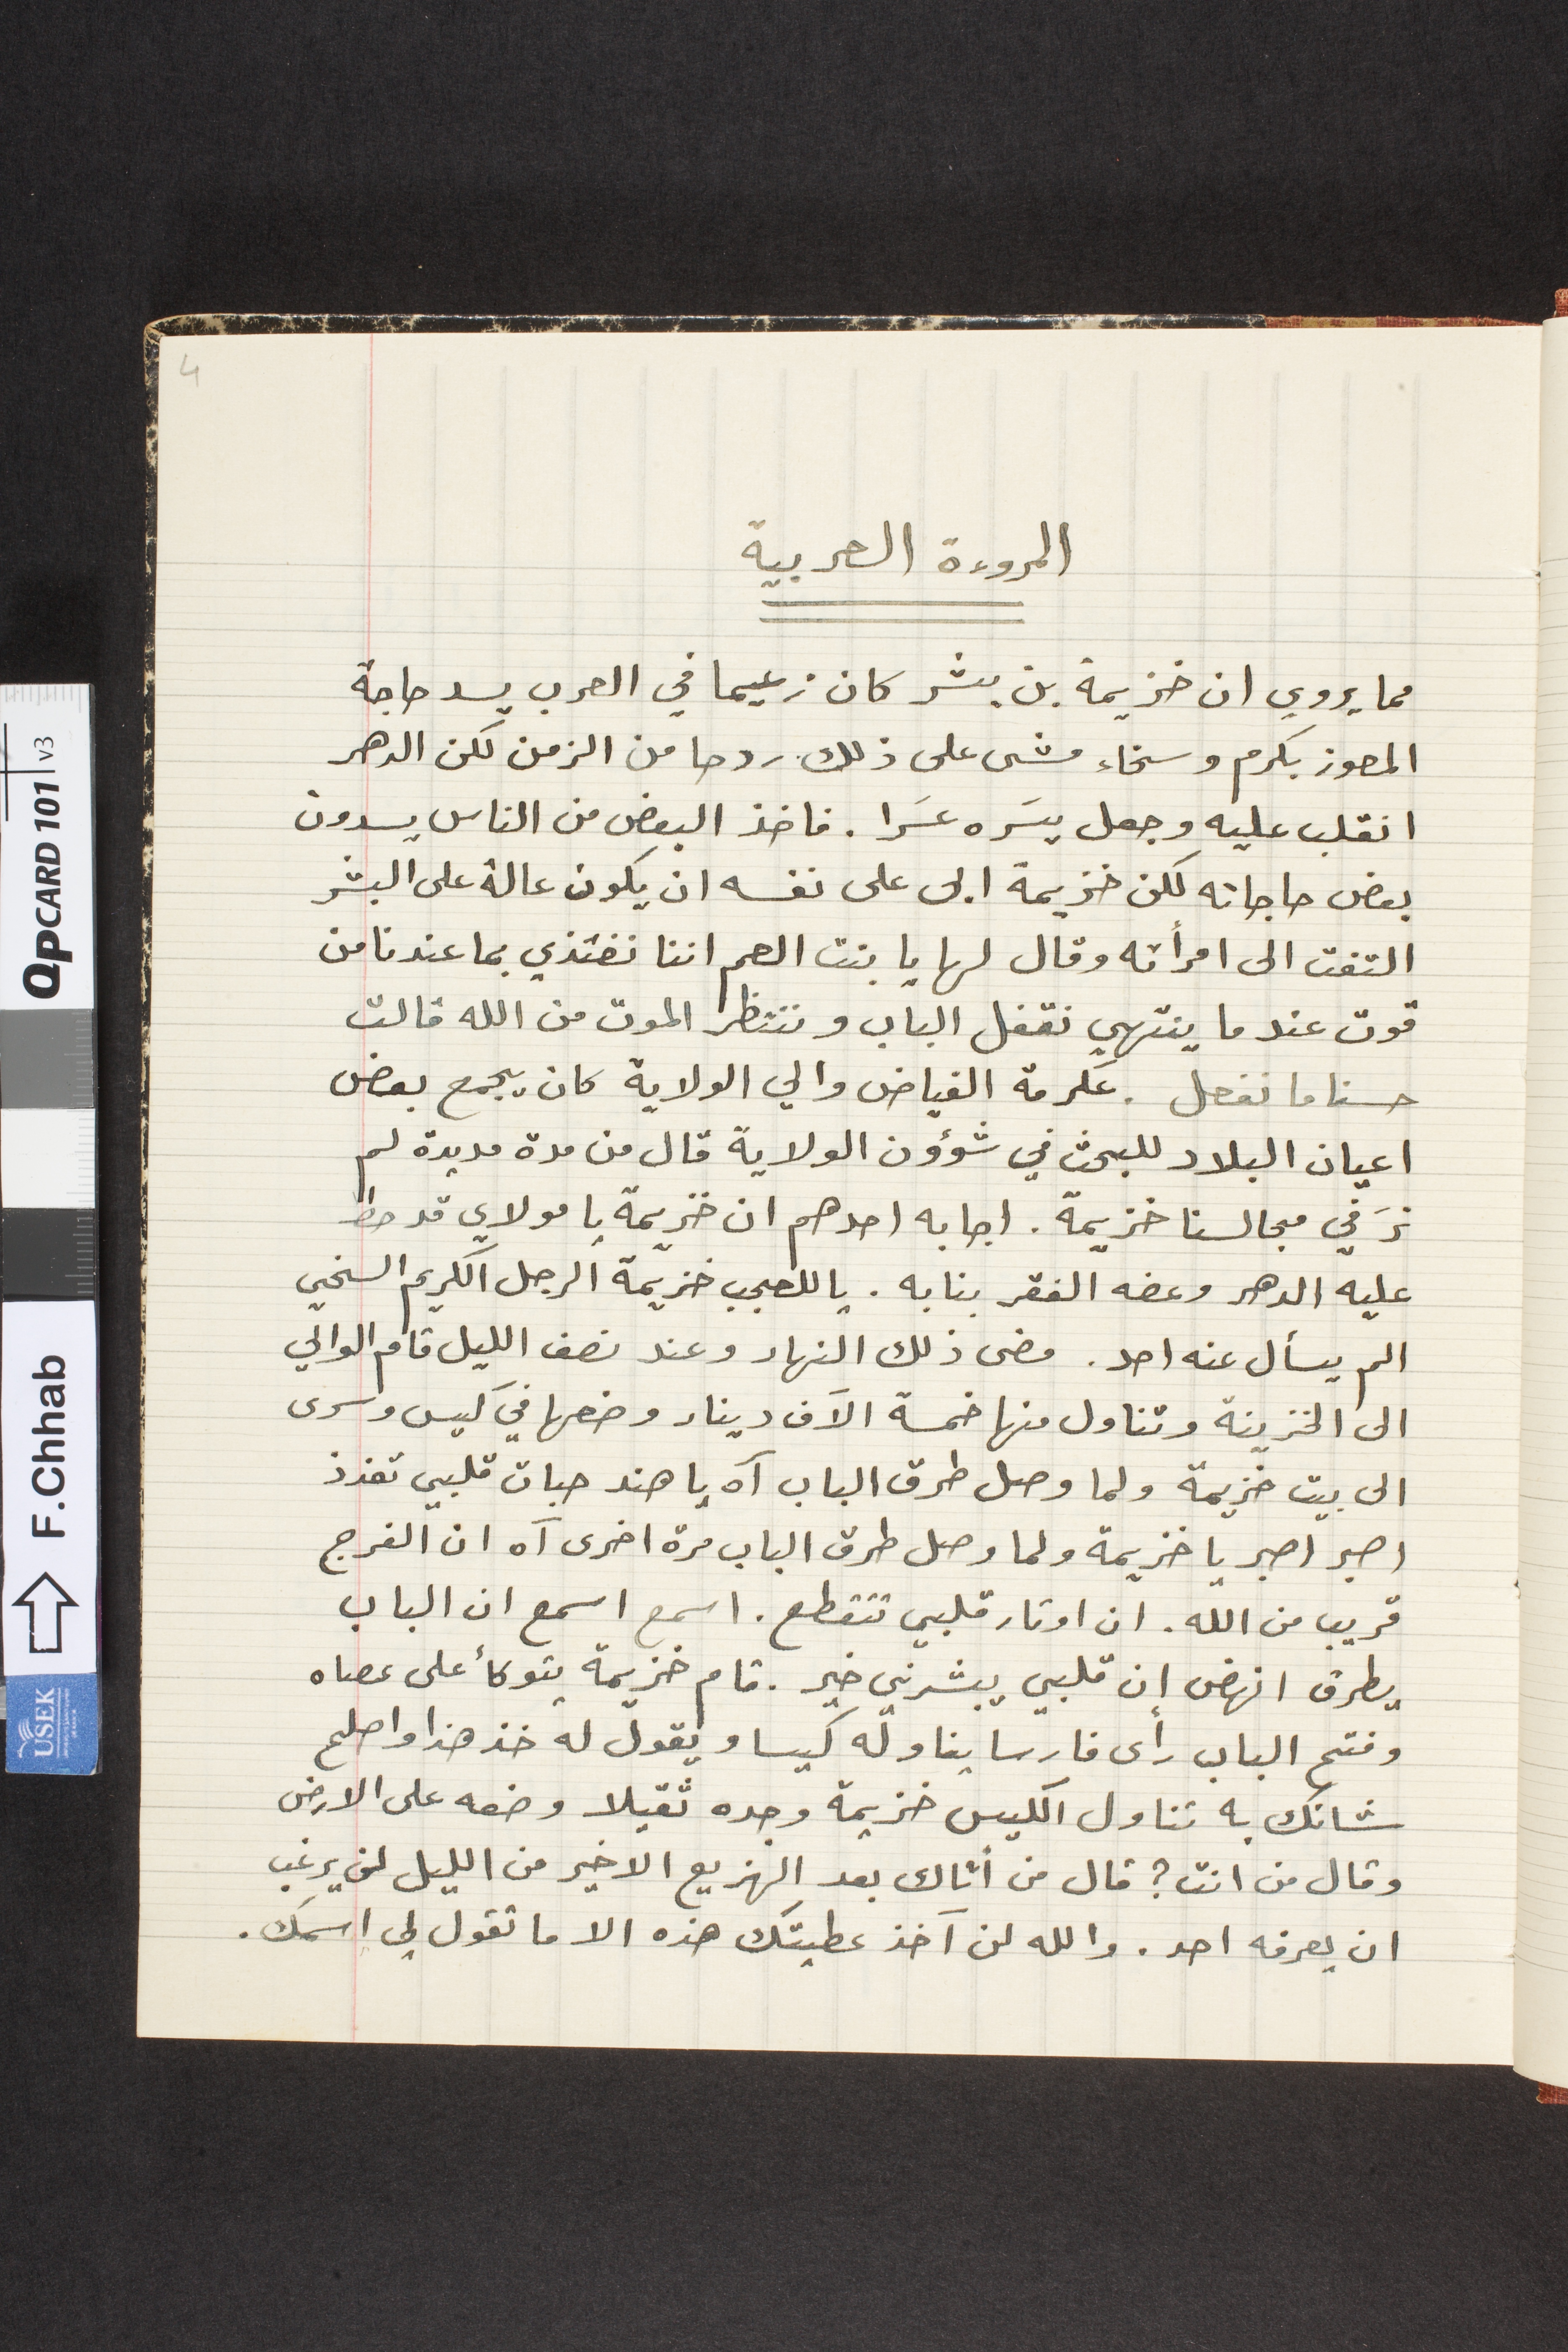
المروءة العربية
مما يروي ان خزيمة بن بشر كان زعيما في العرب يسد حاجة
المعوز بكرم وسخاء مشى على ذلك ردحا من الزمن لكن الدهر
انقلب عليه وجعل يسَره عسَرا. فاخذ البعض من الناس يسدون
بعض حاجاته لكن خزيمة ابى على نفسه ان يكون عالة على البشر
التفت الى امرأته وقال لها يا بنت العم اننا نغتذي بما عندنا من
قوت عندما ينتهي نقفل الباب وننتظر الموت من الله قالت
حسنا ما نفعل. عكرمة الفياض والي الولاية كان يجمع بعض
اعيان البلاد للبحث في شؤون الولاية قال من مدة مديدة لم
نرَ في مجالسنا خزيمة. اجابه احدهم ان خزيمة يا مولاي قد حط
عليه الدهر وعضه الفقر بنابه. يا للعجب خزيمة الرجل الكريم السخي
الم يسأل عنه احد. مضى ذلك النهار وعند نصف الليل قام الوالي
الى الخزينة وتناول منها خمسة الاَف دينار وضعها في كيس وسرى
الى بيت خزيمة ولما وصل طرق الباب آه يا هند حبات قلبي تفرذ
اصبر اصبر يا خزيمة ولما وصل طرق الباب مرة اخرى آه ان الفرج
قريب من الله. ان اوتار قلبي تتقطع. اسمع اسمع ان الباب
يطرق انهض ان قلبي يبشرني خير. قام خزيمة يتوكأ على عصاه
وفتح الباب رأى فارسا يناوله كيسا ويقول له خذ هذ واصلح
شانك به تناول الكيس خزيمة وجده ثقيلا وضعه على الارض
وقال من انت؟ قال من أتاك بعد الهزيع الاخير من الليل لن يرغب
ان يعرفه احد . والله لن آخذ عطيتك هذه الا ما تقول لي اسمك.